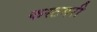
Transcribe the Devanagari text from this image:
कस्टमरी